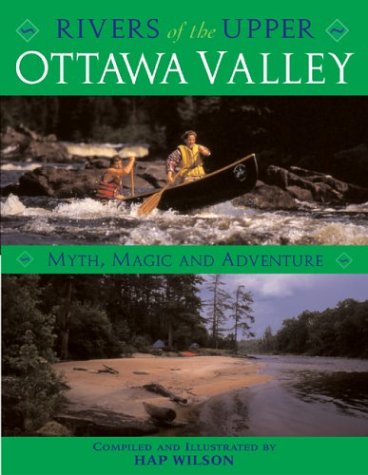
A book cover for Rivers of the Upper Ottawa Valley: Myth, Magic and Adventure; Hap Wilson; Travel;